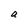
Character: a